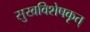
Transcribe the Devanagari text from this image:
सुखविशेषकृत्